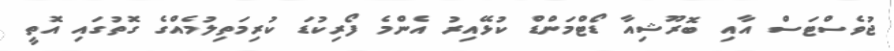
ޖުވެސްޓަސް އާއި ބޮރޫޝިއާ ޑޯޓްމަންޑް ކުޅޭއިރު އެންމެ ފޯރިކުޑަ ކުރިމަތިލުމެއްގެ ގޮތުގައި އޮތީ